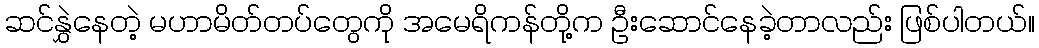
ဆင်နွှဲနေတဲ့ မဟာမိတ်တပ်တွေကို အမေရိကန်တို့က ဦးဆောင်နေခဲ့တာလည်း ဖြစ်ပါတယ်။